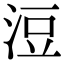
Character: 浢